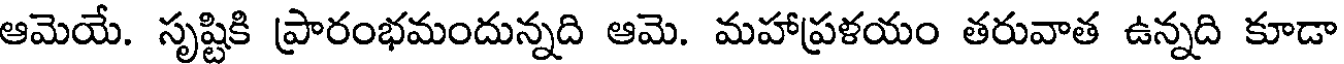
ఆమెయే. సృష్టికి ప్రారంభమందున్నది ఆమె. మహాప్రళయం తరువాత ఉన్నది కూడా